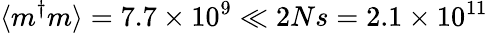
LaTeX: \langle m^{\dagger}m\rangle=7.7\times 10^{9}\ll 2Ns=2.1\times 10^{11}